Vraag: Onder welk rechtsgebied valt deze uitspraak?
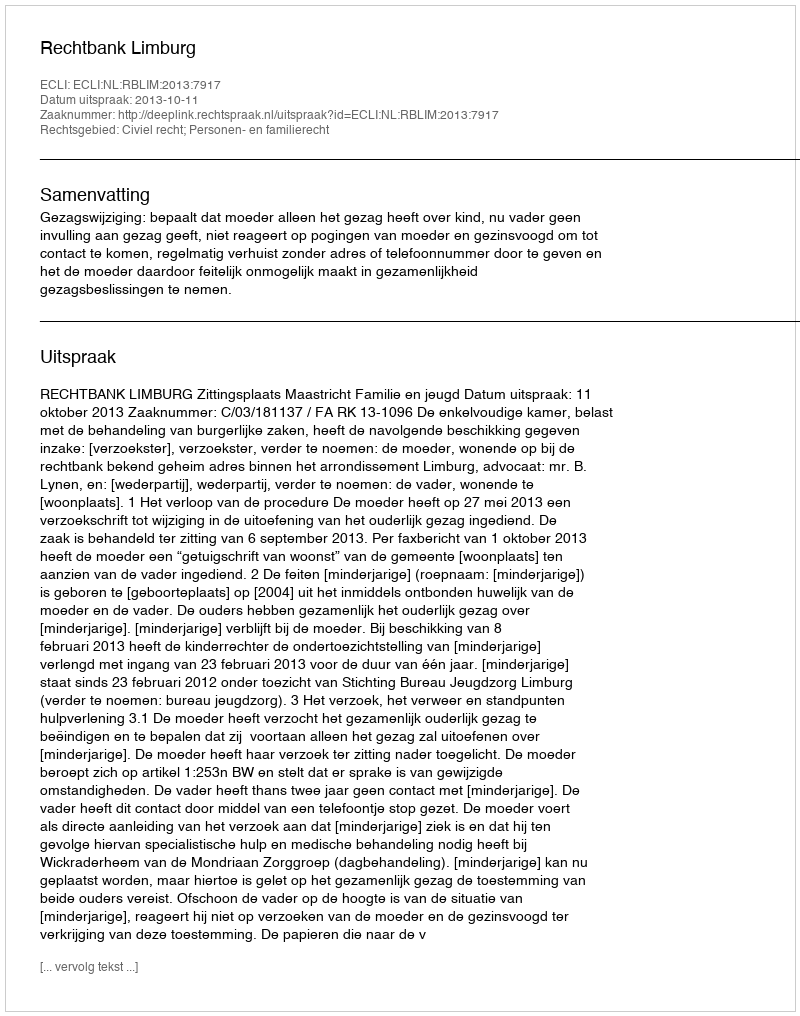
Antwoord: Civiel recht; Personen- en familierecht